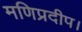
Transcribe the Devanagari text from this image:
मणिप्रदीप।